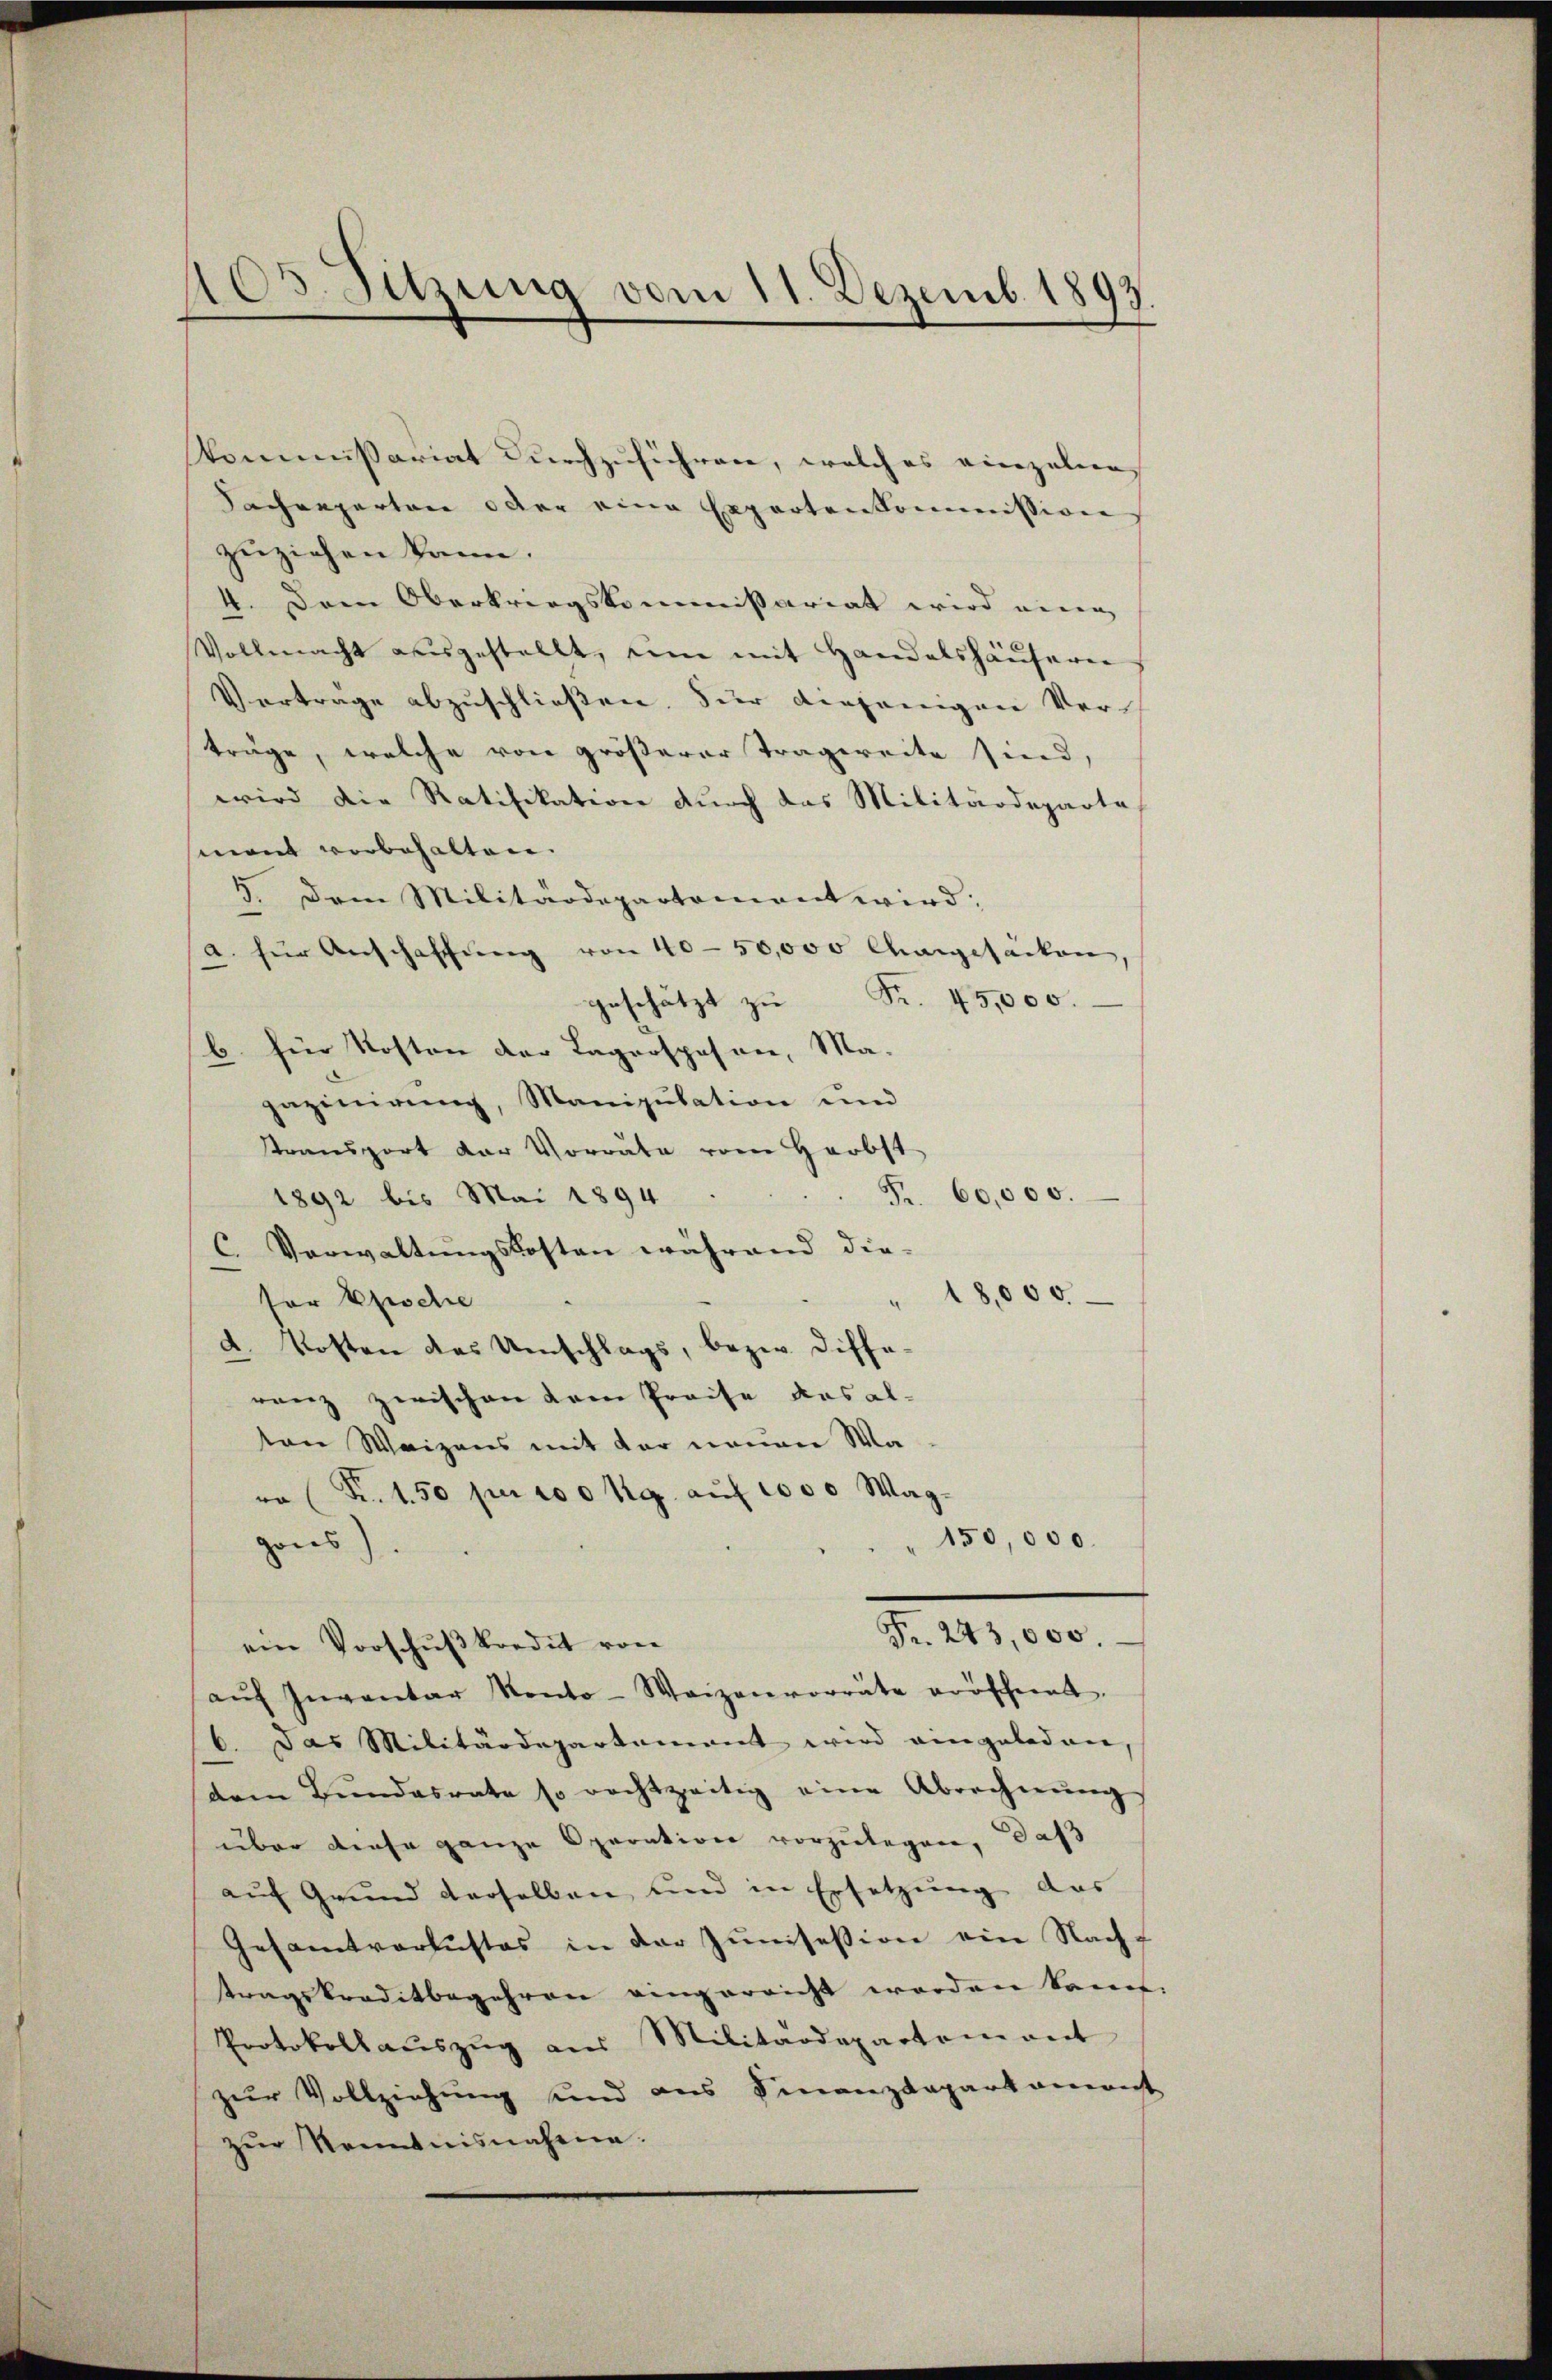
403. Sitzung vom 11. Dezemb. 1893.

Kommissariat durchzuführen, welches einzelnen
Sachenparten oder eine Expertenkommissiven
zuziehen kann.
4. Dem Oberkriegskommissariat wird neue
Vollmacht ausgestellt, um mit Handelshäŭsern
Vertrage abzuschließen. Für diejenigen Verträge, welche von größerer Tragereite sind,
wird die Ratifikation durch das Militärdeparte
mant vorbehalten.
3. Dem Militärdepartement wird;
a. für Anschaffung von 40–50,000 Chargesacken,
geschätzt zŭ Fr. 45,000.
b für Kosten der Lagerspesen, Ma-
gazinirung, Manipulation und
Stransport der Vorräte vom Herbst
Fr. 60,000.
1892 bis Mai 1894
C. Verwaltungskosten während die-
" 18,000
sor Pische
d. Kosten des Umschlags, bezw. diffe
renz zwischen dem Preise das alten Waizens mit der neuen Wa
ra (Fr. 1.50 pr 100 Rg. auf 1000 Wag¬
150,000.
gons).
Fr. 243,000.
ein Vorschŭβkredit von
aŭf Inventar Konto-Waizenvorräte vorscheint.
6. Das Militärdepartement wird eingeladen,
dren Bundesrate so rechtzeitig eine Abrechnŭng
über diese ganze Operation vorzulegen, daß
auf Grund derselben und in Ersetzung das
Gesamtverlustes in der Zŭnsession ein Nachf
tragskreditbegehren eingerricht worden kann
Protokoll aŭszŭg ans Militärdepartem ant
zur Vollziehung und aus Finanzdepartament
zŭr Kenntnisnahme.